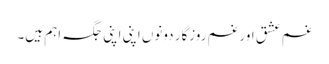
غم عشق اور غم روزگار دونوں اپنی اپنی جگہ اہم ہیں۔